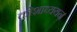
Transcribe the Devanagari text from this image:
कोशाध्ययन